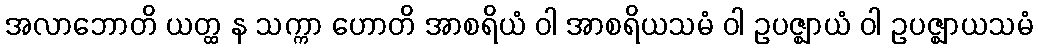
အလာဘောတိ ယတ္ထ န သက္ကာ ဟောတိ အာစရိယံ ဝါ အာစရိယသမံ ဝါ ဥပဇ္ဈာယံ ဝါ ဥပဇ္ဈာယသမံ